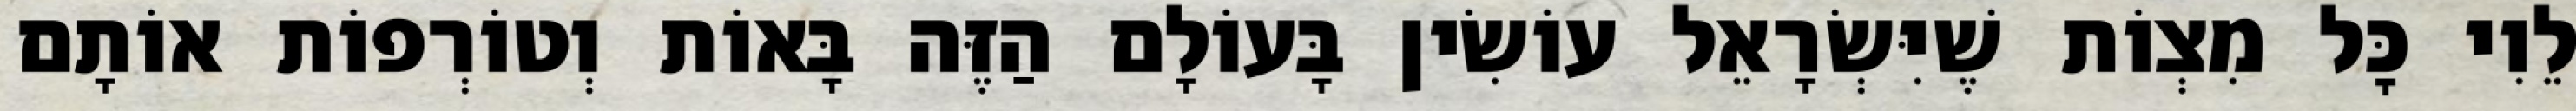
לֵוִי כׇּל מִצְוֹת שֶׁיִּשְׂרָאֵל עוֹשִׂין בָּעוֹלָם הַזֶּה בָּאוֹת וְטוֹרְפוֹת אוֹתָם